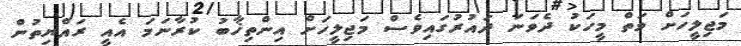
މަޖިލީހަށް ވަތް މީހަކު ދެވަނަ ދައުރުގައިވެސް މަޖިލީހަށް އިންތިޚާބު ކުރާނަމަ އެއީ ރައްޔިތުން